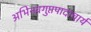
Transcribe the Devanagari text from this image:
अभिनवगुप्तपादाचार्य